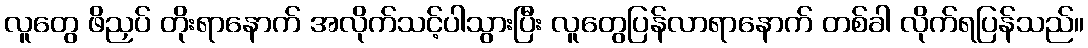
လူတွေ ဖိညှပ် တိုးရာနောက် အလိုက်သင့်ပါသွားပြီး လူတွေပြန်လာရာနောက် တစ်ခါ လိုက်ရပြန်သည်။